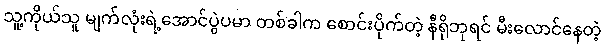
သူ့ကိုယ်သူ မျက်လုံးရဲ့အောင်ပွဲပမာ တစ်ခါက စောင်းပိုက်တဲ့ နီရိုဘုရင် မီးလောင်နေတဲ့